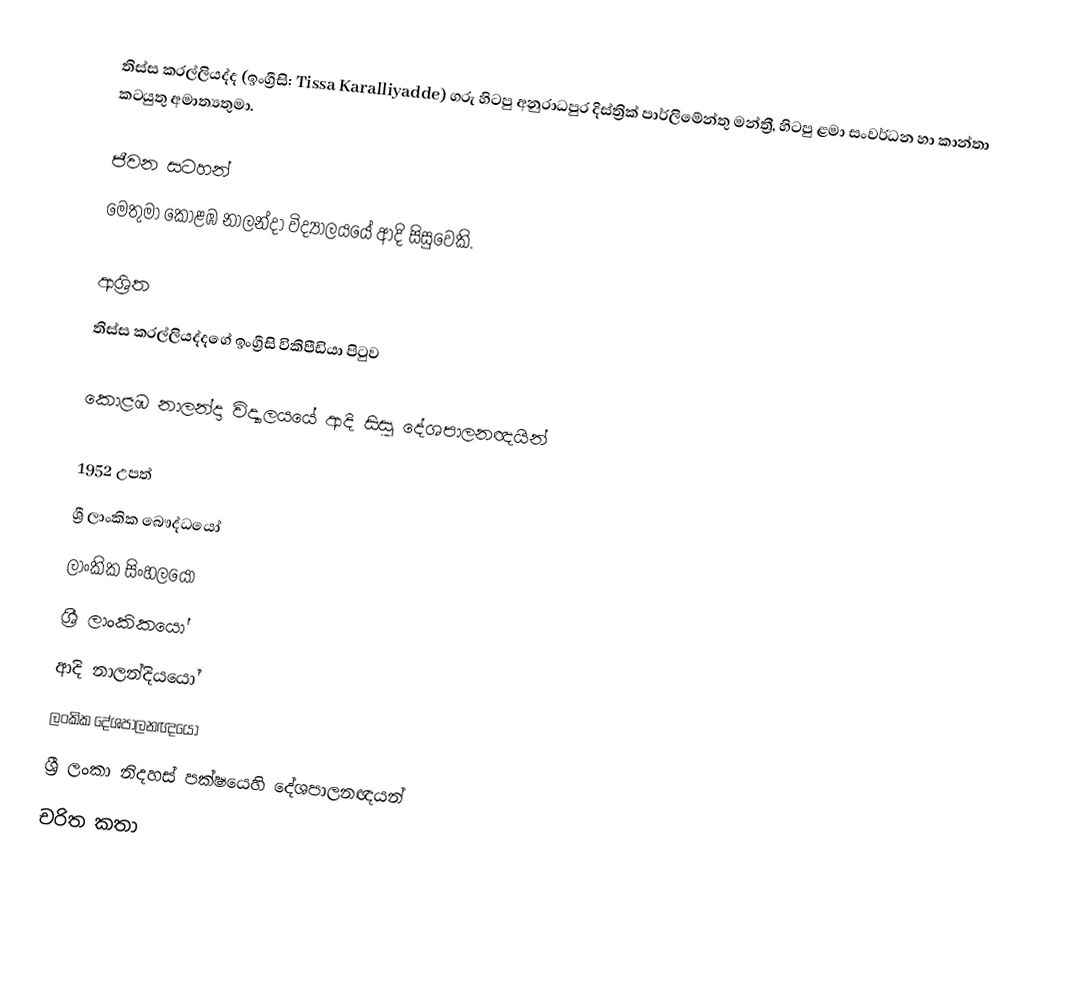
තිස්ස කරල්ලියද්ද  (ඉංග්‍රීසි: Tissa Karalliyadde) ගරු හිටපු අනුරාධපුර දිස්ත්‍රික් පාර්ලිමේන්තු මන්ත්‍රී, හිටපු ළමා සංවර්ධන හා කාන්තා කටයුතු අමාත්‍යතුමා.

ජීවන සටහන්
මෙතුමා  කොළඹ නාලන්දා විද්‍යාලයයේ ආදි සිසුවෙකි.

ආශ්‍රිත
තිස්ස කරල්ලියද්දගේ ඉංග්‍රීසි විකිපීඩියා පිටුව

කොළඹ නාලන්දා විද්‍යාලයයේ ආදි සිසු දේශපාලනඥයින්

1952 උපත්
ශ්‍රී ලාංකික බෞද්ධයෝ
ලාංකික සිංහලයෝ
ශ්‍රී ලාංකිකයෝ
ආදි නාලන්දියයෝ
ලංකික දේශපාලනඥයෝ
ශ්‍රී ලංකා නිදහස් පක්ෂයෙහි දේශපාලනඥයන්
චරිත කතා